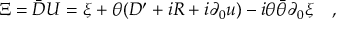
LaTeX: \Xi = \bar { D } U = \xi + \theta ( D ^ { \prime } + i R + i \partial _ { 0 } u ) - i \theta \bar { \theta } \partial _ { 0 } \xi \quad ,